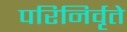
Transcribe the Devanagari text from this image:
परिनिर्वृते